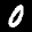
Label: 0